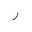
Letter: _ra